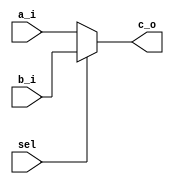
//-----------------------------------
//		MULTIPLEX
//-----------------------------------
`timescale 10 ns/100 ps

module mux2x1
#(
	parameter DATA_WIDTH 	= 16
)
(
	a_i,
	b_i, 
	c_o,
	sel
);

input wire [ DATA_WIDTH - 1:0 ] a_i;
input wire [ DATA_WIDTH - 1:0 ] b_i;
input wire                       sel;
output reg [ DATA_WIDTH - 1:0 ] c_o;

always @( a_i or b_i or sel )
begin
	if ( sel == 1'b0 )
		c_o <= a_i;
	else
		c_o <= b_i;
end

endmodule